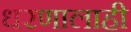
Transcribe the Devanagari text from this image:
धरणालाही